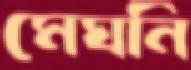
মেঘনি